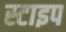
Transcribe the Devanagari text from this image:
स्टाइप